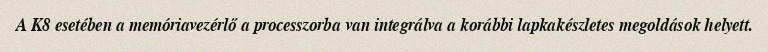
A K8 esetében a memóriavezérlő a processzorba van integrálva a korábbi lapkakészletes megoldások helyett.